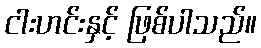
ငါးဟင်းနှင့် ဖြစ်ပါသည်။